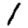
Digit: 1